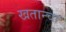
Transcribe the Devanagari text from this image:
खतान्चा